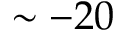
\sim - 2 0